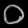
Digit: ၀